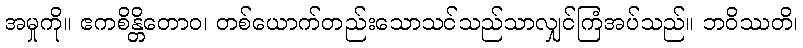
အမှုကို။ ဧကစိန္တိတောဝ၊ တစ်ယောက်တည်းသောသင်သည်သာလျှင်ကြံအပ်သည်။ ဘဝိဿတိ၊